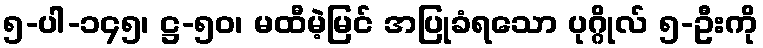
၅-ပါ-၁၄၅၊ ဋ္ဌ-၅၀၊ မထီမဲ့မြင် အပြုခံရသော ပုဂ္ဂိုလ် ၅-ဦးကို